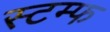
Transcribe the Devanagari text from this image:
स्टम्फ